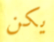
يكن